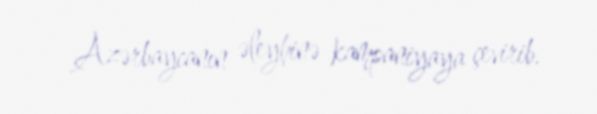
Azərbaycanın əleyhinə kampaniyaya çevirib.